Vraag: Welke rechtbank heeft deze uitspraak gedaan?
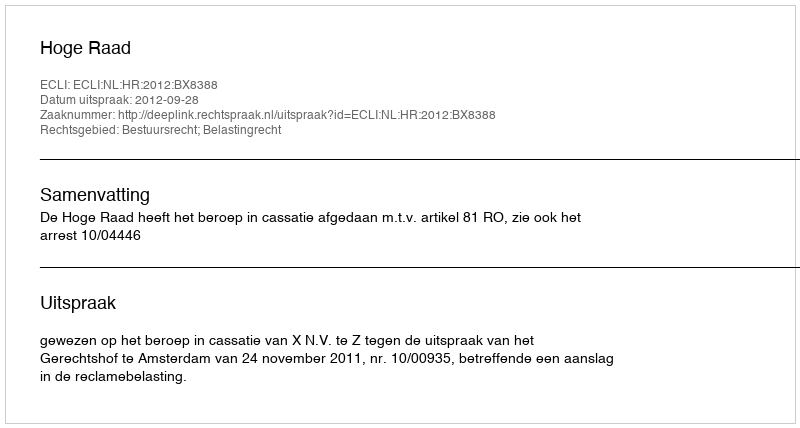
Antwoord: Hoge Raad